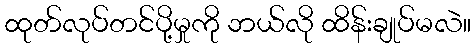
ထုတ်လုပ်တင်ပို့မှုကို ဘယ်လို ထိန်းချုပ်မလဲ။